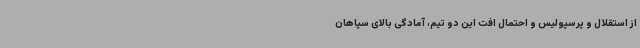
از استقلال و پرسپولیس و احتمال افت این دو تیم، آمادگی بالای سپاهان